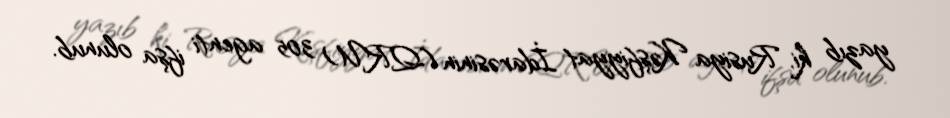
yazıb ki, Rusiya Kəşfiyyat İdarəsinin (QRU) 305 agenti ifşa olunub.